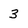
Character: 3